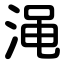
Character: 渑